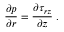
\frac { \partial p } { \partial r } = \frac { \partial \tau _ { r z } } { \partial z } \; .